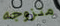
متزوجه